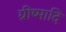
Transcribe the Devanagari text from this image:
ग्रीष्मादि